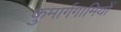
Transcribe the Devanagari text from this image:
कुमार्गगामियों